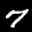
Label: 7